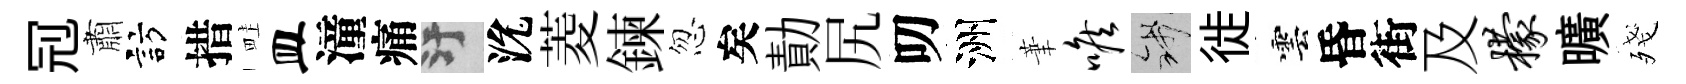
𠜍肅訪措畦皿潼痛污沇菱鍊忽矣勣尻叨洲茟喉錢徙雲昏街及檬曠殘